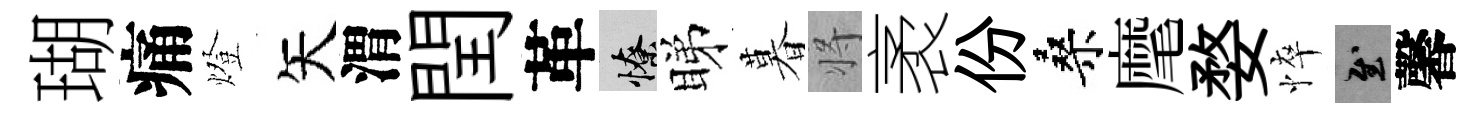
瑚痛燈矢渭閏革憭睇暮将袤份桑麾婺悴慰馨